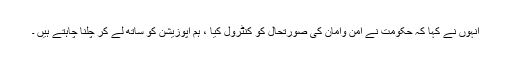
انہوں نے کہا کہ حکومت نے امن وامان کی صورتحال کو کنٹرول کیا ، ہم اپوزیشن کو ساتھ لے کر چلنا چاہتے ہیں ۔